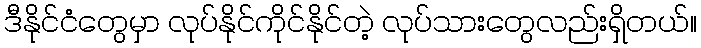
ဒီနိုင်ငံတွေမှာ လုပ်နိုင်ကိုင်နိုင်တဲ့ လုပ်သားတွေလည်းရှိတယ်။